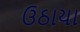
ઉઠાયા